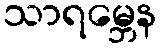
သာရမ္ဘေန